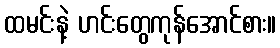
ထမင်းနဲ့ ဟင်းတွေကုန်အောင်စား။